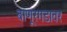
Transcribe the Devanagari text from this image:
बाणूरगडावर